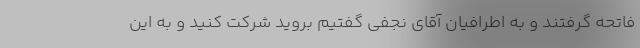
فاتحه گرفتند و به اطرافیان آقای نجفی گفتیم بروید شرکت کنید و به این